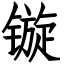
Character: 镟